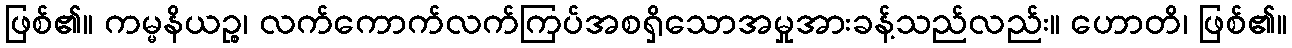
ဖြစ်၏။ ကမ္မနိယဉ္စ၊ လက်ကောက်လက်ကြပ်အစရှိသောအမှုအားခန့်သည်လည်း။ ဟောတိ၊ ဖြစ်၏။